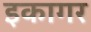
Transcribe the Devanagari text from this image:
इकागर